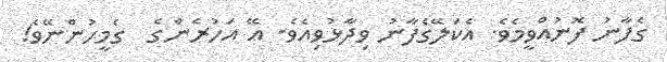
ގެފާނު ފޮނުއްވީމެވެ. އެކަލޭގެފާނު ވިދާޅުވިއެވެ. އޭ އަހުރެންގެ  ގެމީހުންނޭވެ!